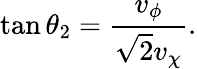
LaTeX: \tan\theta_{2}=\frac{v_{\phi}}{\sqrt{2}v_{\chi}}.